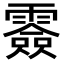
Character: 𩅼